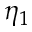
\eta _ { 1 }